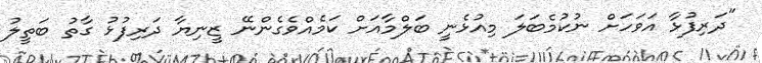
"ދަރިފުޅާ އަވަހަށް ނުކުމެބަލަ މިއުޅެނީ ބަލްމާއަށް ކަމެއްވެގެންނޭ ޒީނިޔާ ދަރިފުޅު ގާތު ބަތީލު